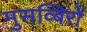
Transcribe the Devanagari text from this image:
मुसव्बिरों